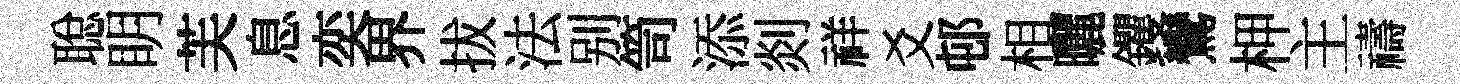
聪眀芙息奕界拔法别笥添剡祥爻邨相曬钁鸞柙主禱